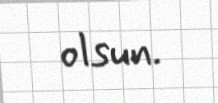
olsun.